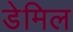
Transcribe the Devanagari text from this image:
डेमिल